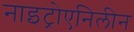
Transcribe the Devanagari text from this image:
नाइट्रोएनिलीन